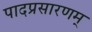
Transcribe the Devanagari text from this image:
पादप्रसारणम्